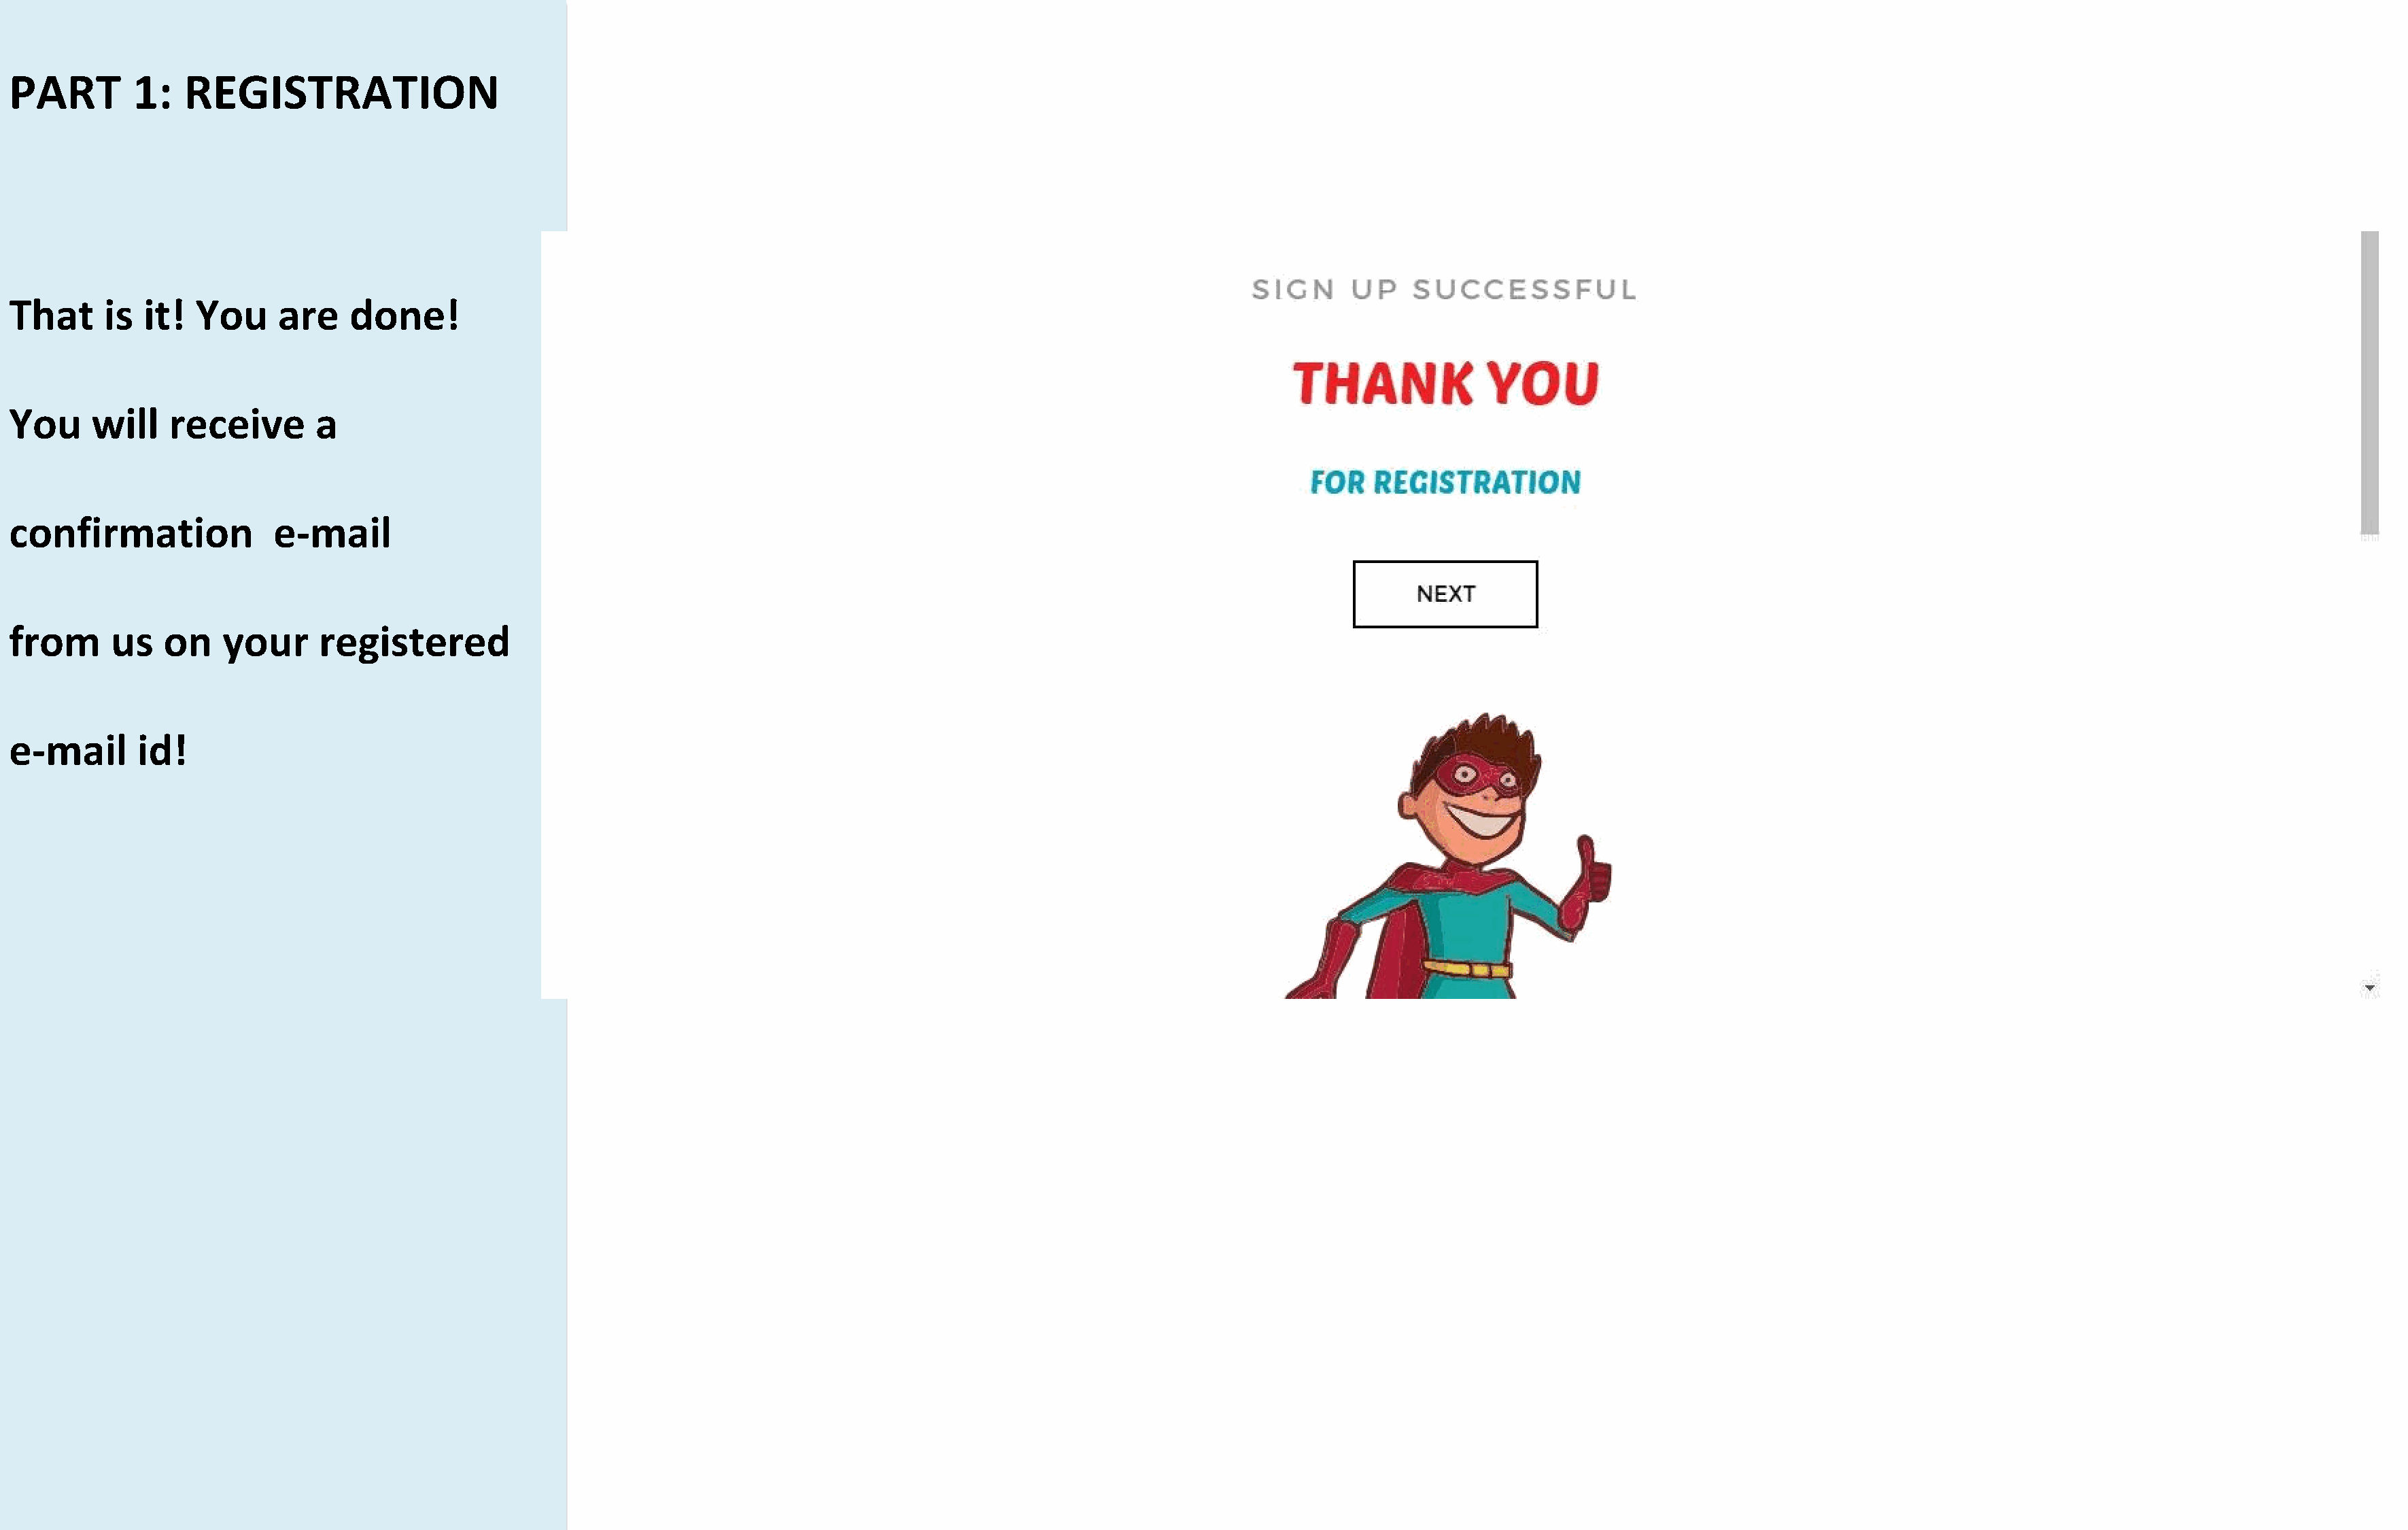
PART        1:   REGISTRATION
 That     is  it!  You     are    done!
 You     will   receive        a
 confirmation              e-mail
 from      us   on    your     registered
 e-mail      id!